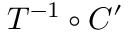
T ^ { - 1 } \circ C ^ { \prime }